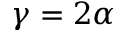
\gamma = 2 \alpha